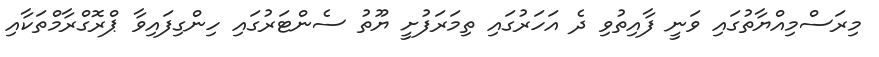
މިރަސްމިއްޔާތުގައި ވަނީ ފާއިތުވި ދެ އަހަރުގައި ތިމަރަފުށީ ޔޫތު ސެންޓަރުގައި ހިންގިފައިވާ ޕްރޮގްރާމްތަކާއި